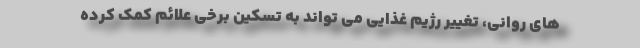
های روانی، تغییر رژیم غذایی می تواند به تسکین برخی علائم کمک کرده